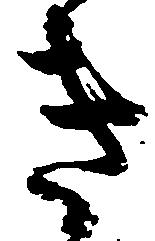
き